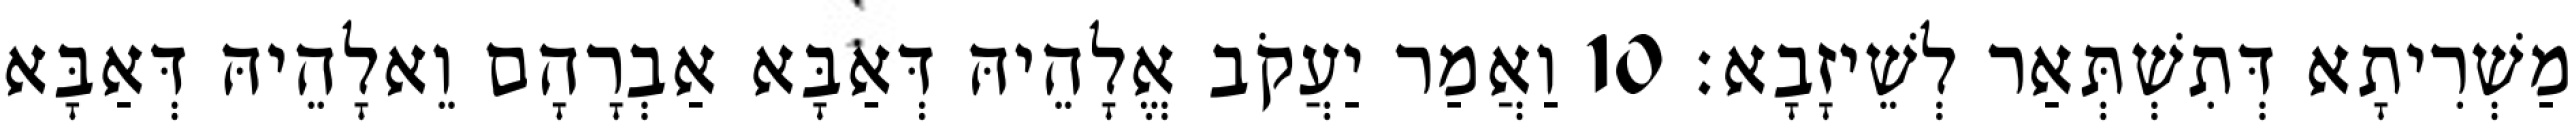
מַשְׁרִיתָא דְּתִשְׁתְּאַר לְשֵׁיזָבָא׃ 10 וַאֲמַר יַעֲקֹב אֱלָהֵיהּ דְּאַבָּא אַבְרָהָם וֵאלָהֵיהּ דְּאַבָּא